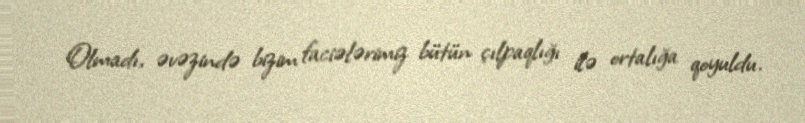
Olmadı, əvəzində bizim faciələrimiz bütün çılpaqlığı ilə ortalığa qoyuldu.